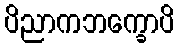
ပိညာကဘက္ခောပိ